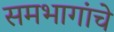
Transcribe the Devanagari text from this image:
समभागांचे